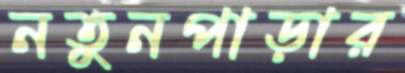
নতুনপাড়ার